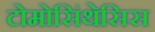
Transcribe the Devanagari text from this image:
टोमोसिंथेसिस